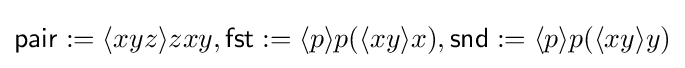
{\mathsf {pair}}:=\langle xyz\rangle zxy,{\mathsf {fst}}:=\langle p\rangle p(\langle xy\rangle x),{\mathsf {snd}}:=\langle p\rangle p(\langle xy\rangle y)